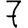
Digit: 7